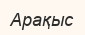
Арақыс